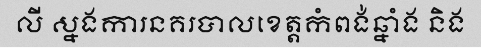
លី ស្នងការនគរបាលខេត្តកំពង់ឆ្នាំង និង